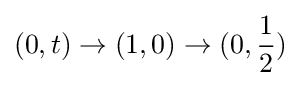
(0,t)\rightarrow (1,0)\rightarrow (0,{\frac {1}{2}})